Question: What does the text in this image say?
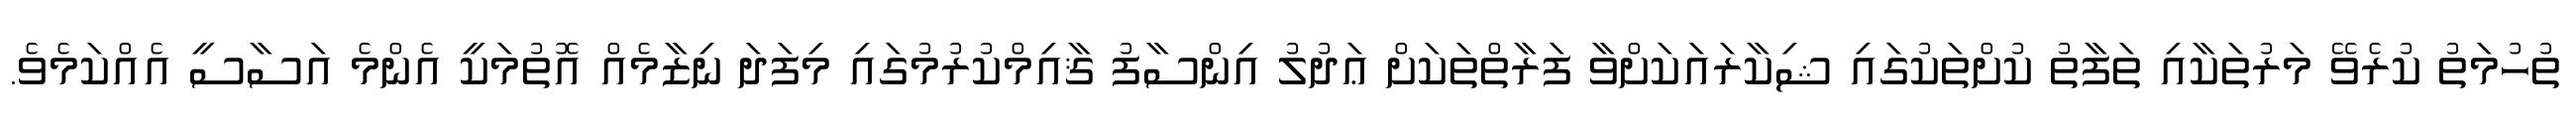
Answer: ތުހުމަތު ކުރެވޭ މަރުތަކާއި ތަފާތު ކުށްތަކުގައި ޝިކާރައަކަށްވާ ފަރާތްތަކަށް ޢަދުލު އިންސާފު ޤާއިމްކުރުމުގައި މިފަދަ ނިޒާމެއް އޮތުމަކީ އެންމެ އަސާސީ އެއްކަމެވެ.